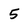
Character: 5